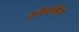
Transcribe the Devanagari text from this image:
कॉन्वर्सियो